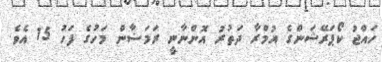
ހައްޖު ކޯޕަރޭޝަންގެ އުމްރާ ދަތުރު އޮންނާނީ ރަމަޟާން މަހުގެ ފަހު 15 އެވެ.